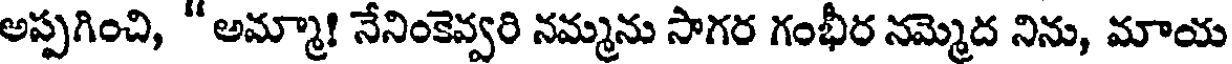
అప్పగించి, " అమ్మా! నేనింకెవ్వరి నమ్మను సాగర గంభీర నమ్మెద నిను, మాయ